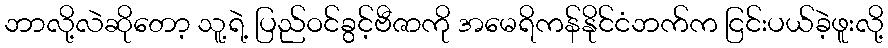
ဘာလို့လဲဆိုတော့ သူ့ရဲ့ ပြည်ဝင်ခွင့်ဗီဇာကို အမေရိကန်နိုင်ငံဘက်က ငြင်းပယ်ခဲ့ဖူးလို့